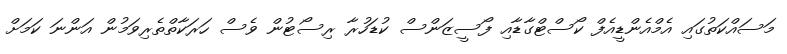
މަސައްކަތުގައި އެމްއެންޑީއެފް ކޯސްޓްގާޑާއި ފޯސީޒަންސް ކުޑަހުރާ ރިސޯޓުން ވެސް ހަރަކާތްތެރިވަމުން އަންނަ ކަމަށް